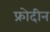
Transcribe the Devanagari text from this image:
फ्रोदीन